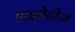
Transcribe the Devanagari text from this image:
प्राइमेटीज